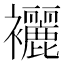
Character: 襹